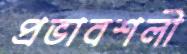
প্রভাবশলী